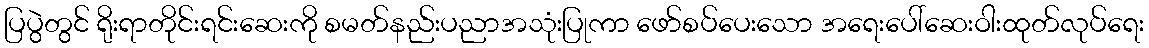
ပြပွဲတွင် ရိုးရာတိုင်းရင်းဆေးကို စမတ်နည်းပညာအသုံးပြုကာ ဖော်စပ်ပေးသော အရေးပေါ်ဆေးဝါးထုတ်လုပ်ရေး